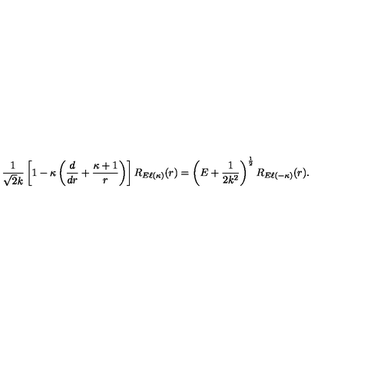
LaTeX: \frac { 1 } { \sqrt { 2 } k } \left[ 1 - \kappa \left( \frac { d } { d r } + \frac { \kappa + 1 } { r } \right) \right] R _ { E \ell ( \kappa ) } ( r ) = \left( E + \frac { 1 } { 2 k ^ { 2 } } \right) ^ { \mathrm { \frac { 1 } { 2 } } } R _ { E \ell ( - \kappa ) } ( r ) .